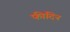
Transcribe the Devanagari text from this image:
फीदिन